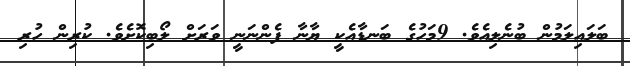
ބަލައިލަމުން ބުނެލިއެވެ. 9މަހުގެ ބަނޑާއެކީ ޔާނާ ފެންނަނީ ވަރަށް ލޯބިކޮށެވެ. ކުރިން ހުރި